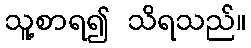
သူ့စာရ၍ သိရသည်။